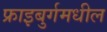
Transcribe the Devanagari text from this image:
फ्राइबुर्गमधील